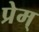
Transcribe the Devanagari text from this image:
प्रेम्